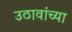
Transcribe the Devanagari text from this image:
उठावांच्या